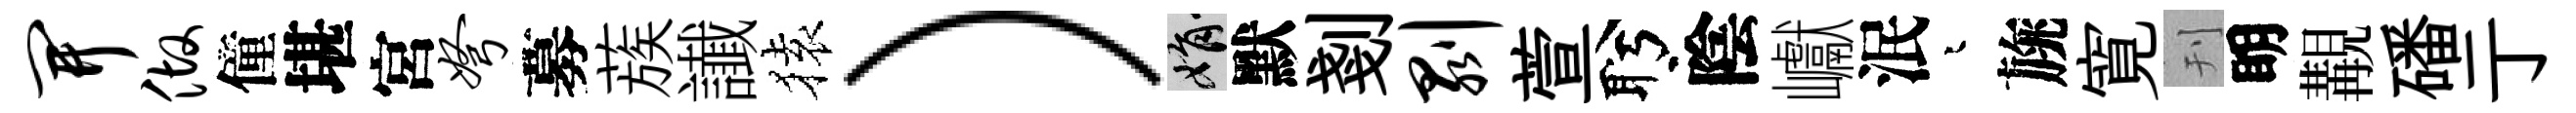
开做僮堪宮弩募蔟䜟𫞤）娟默剗剥萱盻陰巘泯迢旐寛刊眀覯磻亍